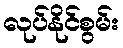
လုပ်နိုင်စွမ်း